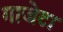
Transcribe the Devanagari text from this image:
गाजेटा